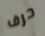
حرف